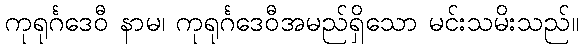
ကုရုင်္ဂဒေဝီ နာမ၊ ကုရုင်္ဂဒေဝီအမည်ရှိသော မင်းသမိးသည်။